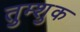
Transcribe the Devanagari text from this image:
तुम्शुक